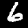
Digit: 6